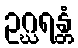
ဥဂ္ဃရန္တံ